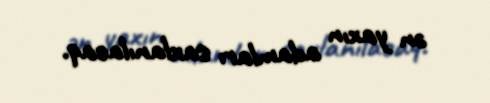
ən yaxın adamları saxlanılacaq.